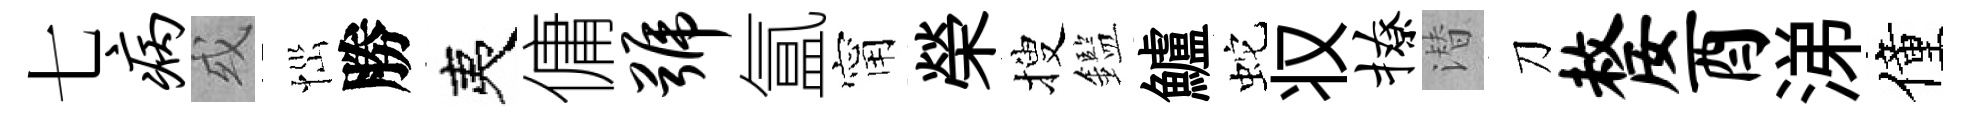
七病或𢙉勝夷傭号氲甯榮搜鑑鱸蛇𠬧撩潜刀嫠酉涕僮